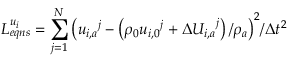
L _ { e q n s } ^ { { { u } _ { i } } } = \sum _ { j = 1 } ^ { N } { { { \left( { { u } _ { i , a } } ^ { j } - \left( { { \rho } _ { 0 } } { { u } _ { i , 0 } } ^ { j } + \Delta { { U } _ { i , a } } ^ { j } \right) / { { \rho } _ { a } } \right) } ^ { 2 } } / \Delta { { t } ^ { 2 } } }